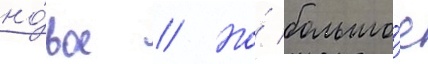
но́вое // Но́ большо́е